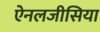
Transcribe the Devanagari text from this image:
ऐनलजीसिया